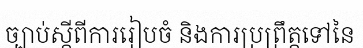
ច្បាប់ស្តីពីការរៀបចំ និងការប្រព្រឹត្តទៅនៃ